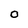
Character: o